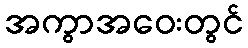
အကွာအဝေးတွင်